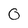
Character: o